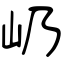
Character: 屷